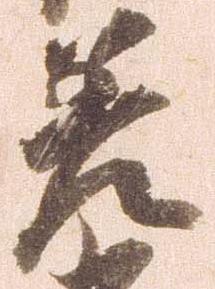
差